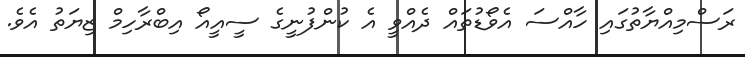
ރަސްމިއްޔާތުގައި ހާއްސަ އެވޯޑުތައް ދެއްވީ އެ ކުންފުނީގެ ސީއީއޯ އިބްރާހިމް ޒިޔަތު އެވެ.